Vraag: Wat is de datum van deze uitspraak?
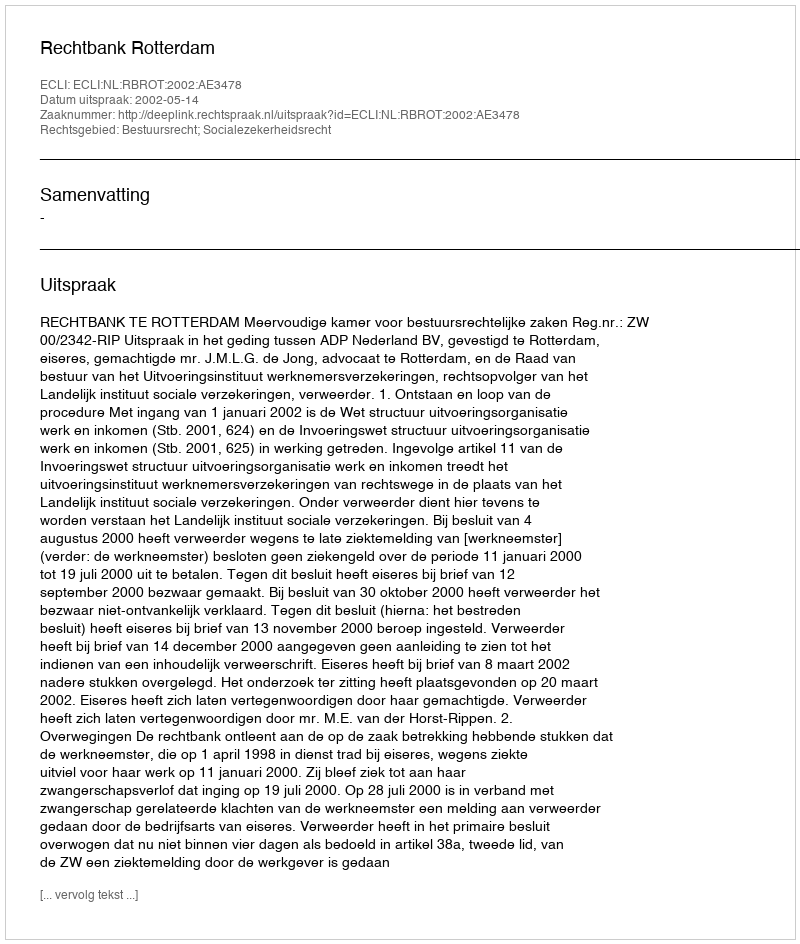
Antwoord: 2002-05-14